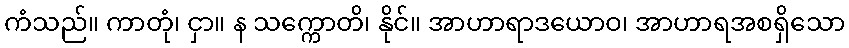
ကံသည်။ ကာတုံ၊ ငှာ။ န သက္ကောတိ၊ နိုင်။ အာဟာရာဒယောဝ၊ အာဟာရအစရှိသော